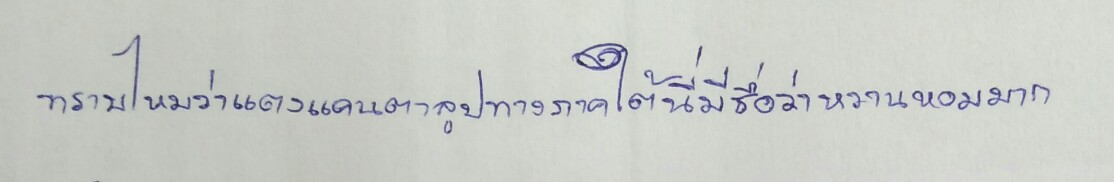
ทราบไหมว่าแตงแคนตาลูปทางภาคใต้นี่มีชื่อว่าหวานหอมมาก"